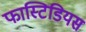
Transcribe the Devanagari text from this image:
फास्टिडियस